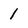
Character: 1